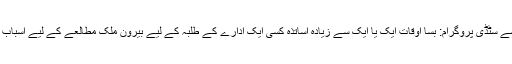
فیکلٹی کی مدد سے سٹڈی پروگرام: بسا اوقات ایک یا ایک سے زیادہ اساتذہ کسی ایک ادارے کے طلبہ کے لیے بیرون ملک مطالعے کے لیے اسباب فراہم کرتے ہیں۔